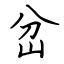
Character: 岔